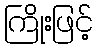
ကြိုးဖြင့်